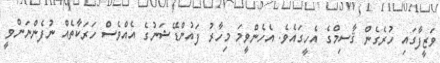
ވަޒީފާގައި ހުރެގެން ޤާސިމްގެ އެހީގައެވެ. އެހެންވީމަ މިހާރު ފައުންޑޭޝަނުގެ އެއްވެސް ހަރަކާތެއް ނުފެންނަންވީ